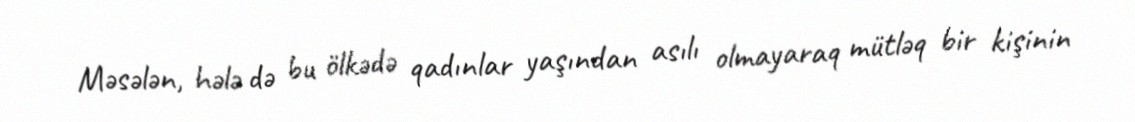
Məsələn, hələ də bu ölkədə qadınlar yaşından asılı olmayaraq mütləq bir kişinin